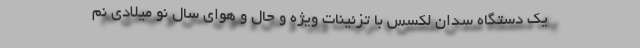
یک دستگاه سدان لکسس با تزئینات ویژه و حال و هوای سال نو میلادی نم